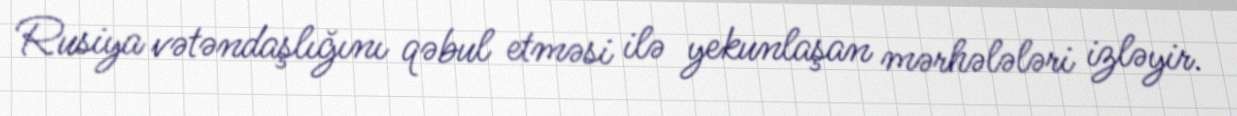
Rusiya vətəndaşlığını qəbul etməsi ilə yekunlaşan mərhələləri izləyir.